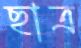
ছাত্র